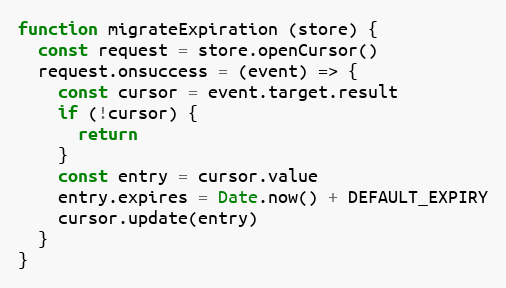
Language: JavaScript
function migrateExpiration (store) {
  const request = store.openCursor()
  request.onsuccess = (event) => {
    const cursor = event.target.result
    if (!cursor) {
      return
    }
    const entry = cursor.value
    entry.expires = Date.now() + DEFAULT_EXPIRY
    cursor.update(entry)
  }
}